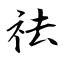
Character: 祛